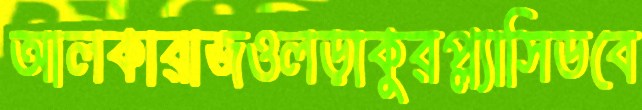
আলকারাজওলড়াকুরপ্ল্যাসিডবে